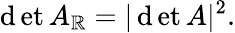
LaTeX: \operatorname*{\mathrm{d}et}A_{\mathbb{{R}}}=|\operatorname*{\mathrm{d}et}A|^{2}.